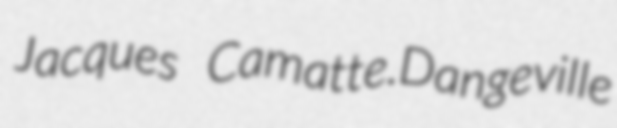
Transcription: Jacques Camatte.Dangeville